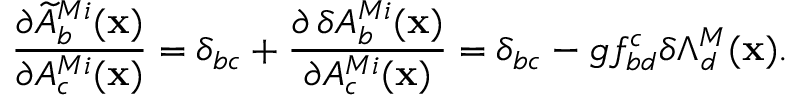
{ \frac { \partial \widetilde { A } _ { b } ^ { M i } ( { \bf x } ) } { \partial A _ { c } ^ { M i } ( { \bf x } ) } } = \delta _ { b c } + { \frac { \partial \, \delta A _ { b } ^ { M i } ( { \bf x } ) } { \partial A _ { c } ^ { M i } ( { \bf x } ) } } = \delta _ { b c } - g f _ { b d } ^ { c } \delta \Lambda _ { d } ^ { M } ( { \bf x } ) .